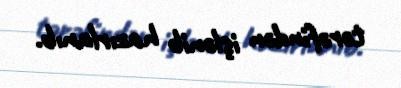
tərəfindən işlənib hazırlanıb.